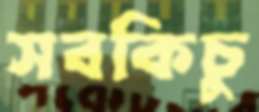
সবকিচু